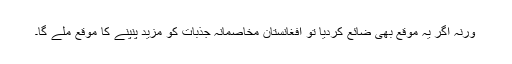
ورنہ اگر یہ موقع بھی ضائع کردیا تو افغانستان مخاصمانہ جذبات کو مزید پنپنے کا موقع ملے گا۔